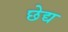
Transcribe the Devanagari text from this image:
छेद्य